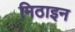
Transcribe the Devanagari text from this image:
मिठाइन